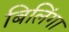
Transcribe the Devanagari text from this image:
बिलिंगा